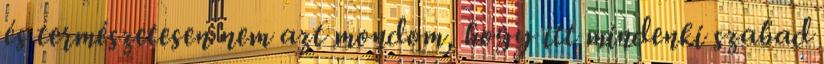
és természetesen nem azt mondom, hogy itt mindenki szabad